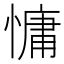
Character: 慵